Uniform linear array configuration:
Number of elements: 8
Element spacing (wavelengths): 0.25
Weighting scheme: cosine
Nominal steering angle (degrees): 45
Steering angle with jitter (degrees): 43.378
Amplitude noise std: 0.05
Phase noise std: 0.05

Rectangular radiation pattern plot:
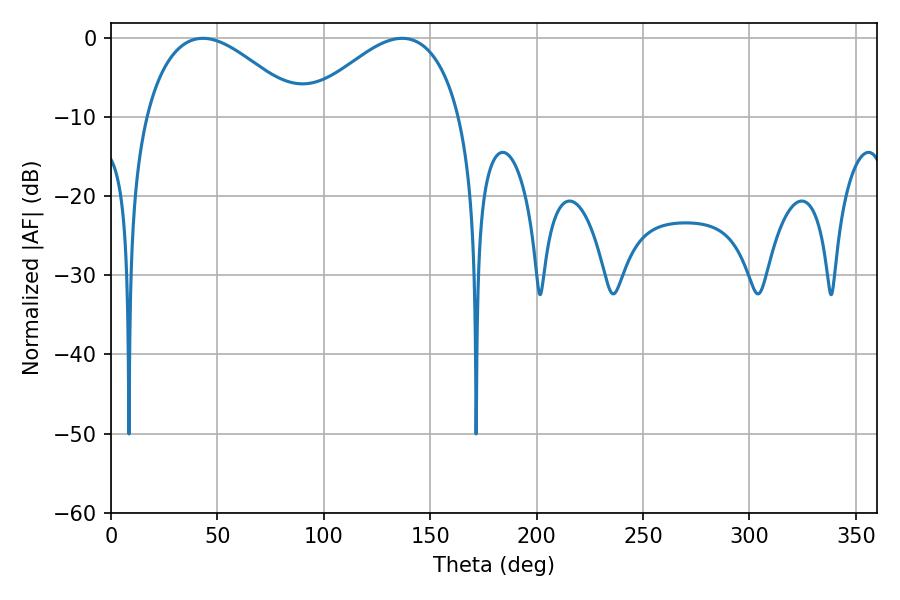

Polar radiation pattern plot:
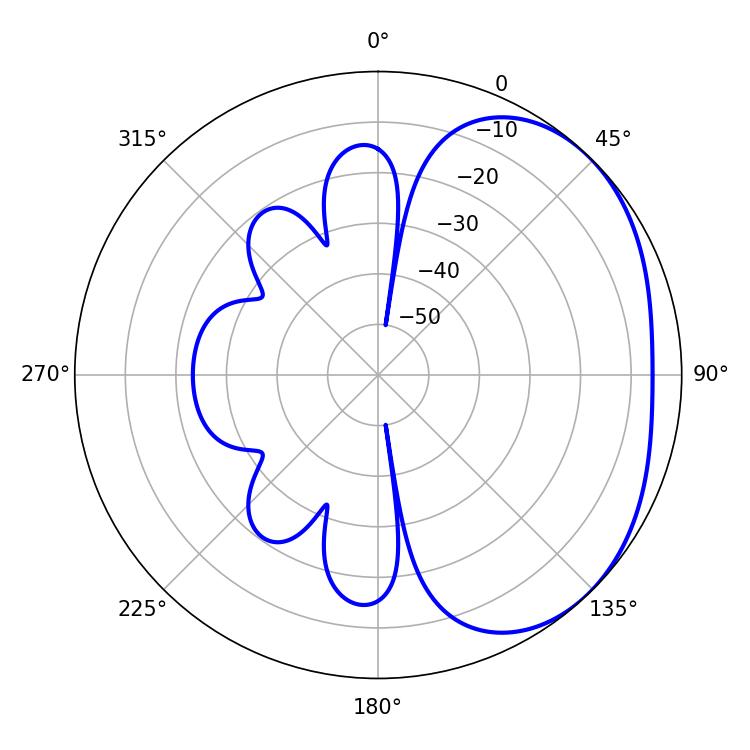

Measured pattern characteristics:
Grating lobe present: FALSE
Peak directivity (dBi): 2.614
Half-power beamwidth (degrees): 39.96
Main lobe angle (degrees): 43.2